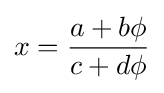
x={\frac {a+b\phi }{c+d\phi }}